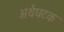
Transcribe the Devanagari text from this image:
अर्थघटक